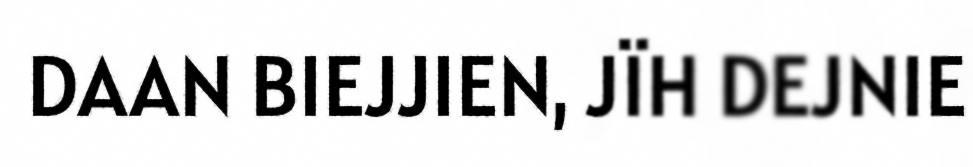
DAAN BIEJJIEN, JÏH DEJNIE